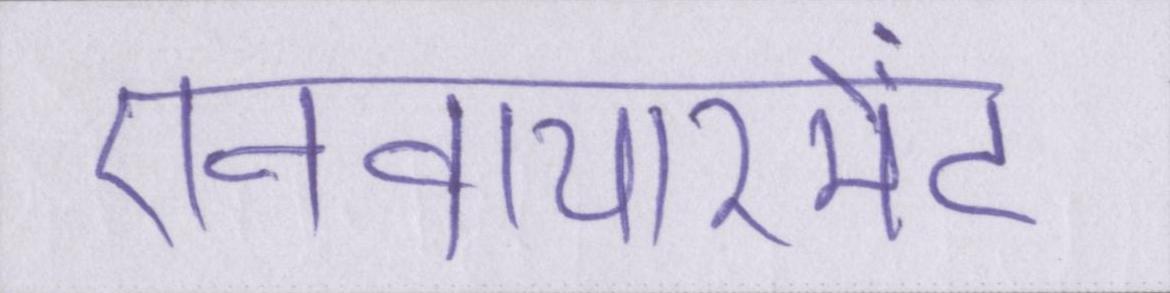
एनवायरमेंट